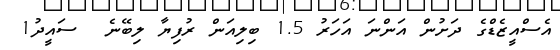
އެސްއީޒެޑްގެ ދަށުން އަންނަ އަހަރު 1.5 ބިލިއަން ރުފިޔާ ލިބޭނެ  ސައީދު1